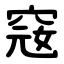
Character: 窛